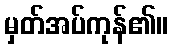
မှတ်အပ်ကုန်၏။